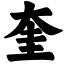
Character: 奎